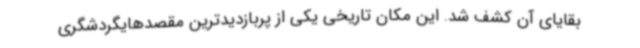
بقایای آن کشف شد. این مکان تاریخی یکی از پربازدیدترین مقصدهایگردشگری